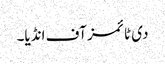
دی ٹائمز آف انڈیا۔